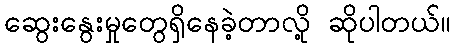
ဆွေးနွေးမှုတွေရှိနေခဲ့တာလို့ ဆိုပါတယ်။